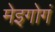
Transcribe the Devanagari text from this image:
मेइगोगं